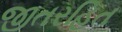
જીતરહિત